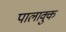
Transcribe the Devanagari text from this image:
पालाक्कु